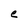
Character: e